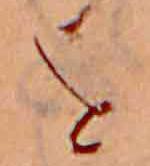
を